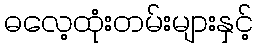
ဓလေ့ထုံးတမ်းများနှင့်